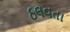
ઠલવતા